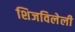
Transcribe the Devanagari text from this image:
शिजविलेली